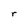
Character: r